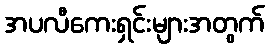
အပလီကေးရှင်းများအတွက်